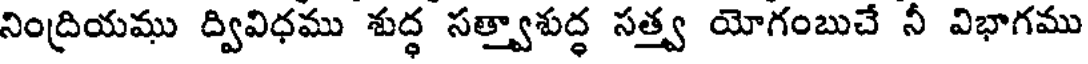
నింద్రియము ద్వివిధము శుద్ధ సత్త్వాశుద్ధ సత్త్వ యోగంబుచే నీ విభాగము